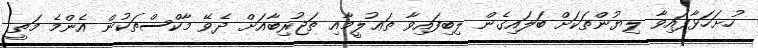
ހުށަހަޅާފައިވާ ލިޔުންތަކަށް ބަލައިގެން ލިބިފައިވާ ތަޢުލީމާއި ތަޖުރިބާއަށް ދެވޭ މާކްސްތަކުން އެންމެ މަތީ